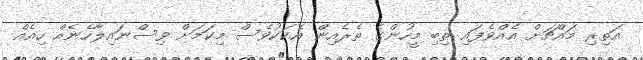
އަތިރި މައްޗަށް އެއްވެފައި ތިބި މީހުންގެ ތެރެއިން އެކަކުވެސް މިކަމަށް ވިސްނައިލާހެނެއް ހިއެއް